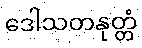
ဒေါသတနုတ္တံ